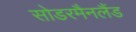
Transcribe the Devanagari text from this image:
सोडरमैनलैंड